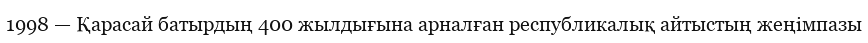
1998 — Қарасай батырдың 400 жылдығына арналған республикалық айтыстың жеңімпазы